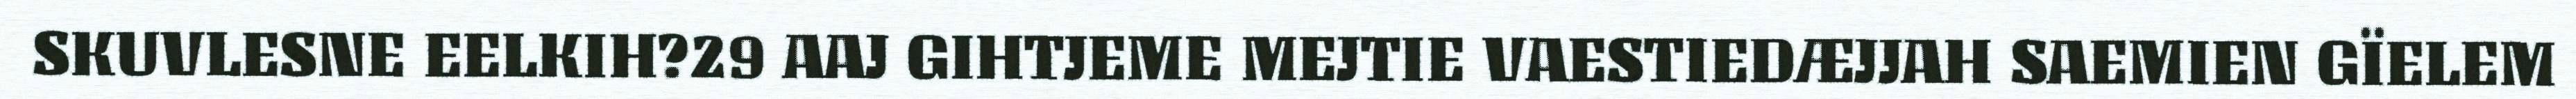
SKUVLESNE EELKIH?29 AAJ GIHTJEME MEJTIE VAESTIEDÆJJAH SAEMIEN GÏELEM